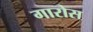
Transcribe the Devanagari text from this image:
गारोस